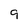
Character: 9